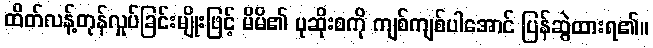
ထိတ်လန့်တုန်လှုပ်ခြင်းမျိုးဖြင့် မိမိ၏ ပုဆိုးစကို ကျစ်ကျစ်ပါအောင် ပြန်ဆွဲထားရ၏။